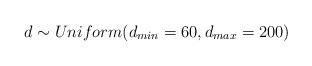
LaTeX: \begin{align*}d \sim Uniform(d_{min} = 60,d_{max}=200)\end{align*}